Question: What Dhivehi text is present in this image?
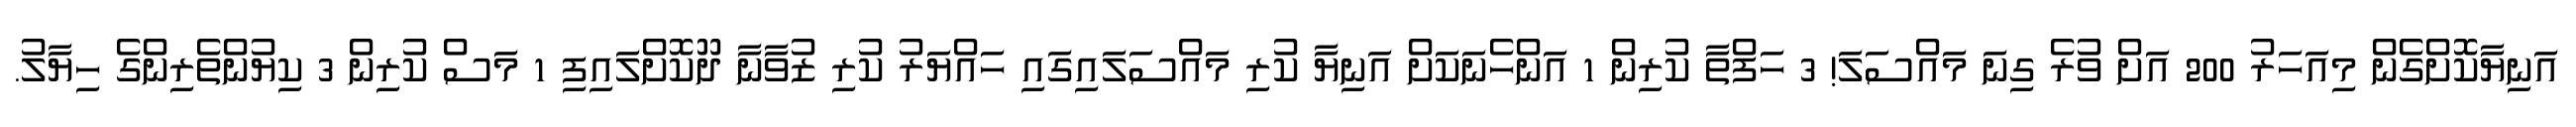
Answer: އަނިޔާކޮށްގެން މިއަހަރު 200 އަށް ވުރެ ގިނަ މައްސަލަ! 3 ހަފްތާ ކުރިން 1 އަންހެނަކަށް އަނިޔާ ކުރި މައްސަލައިގައި ހައްޔަރު ކުރި ޒުވާނާ ދޫކޮށްލައިފި 1 މަސް ކުރިން 3 ކިޔުންތެރިންގެ ހިޔާލު.